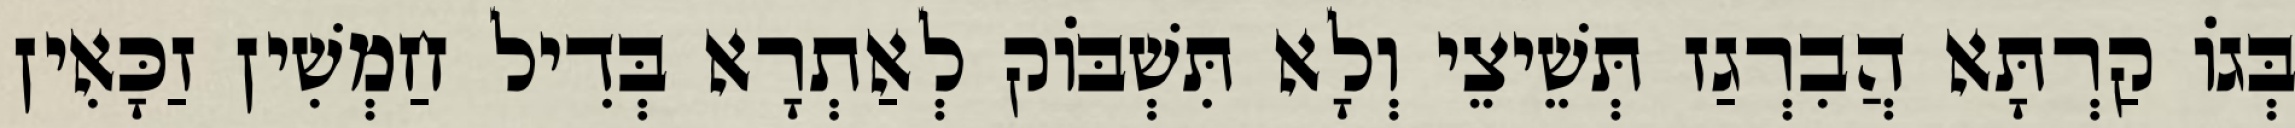
בְּגוֹ קַרְתָּא הֲבִרְגַז תְּשֵׁיצֵי וְלָא תִּשְׁבּוֹק לְאַתְרָא בְּדִיל חַמְשִׁין זַכָּאִין